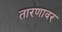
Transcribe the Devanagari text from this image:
तारणावर